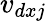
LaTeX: v_{dxj}